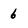
Character: 6